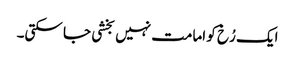
ایک رُخ کو امامت نہیں بخشی جا سکتی۔